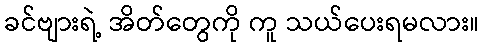
ခင်ဗျားရဲ့ အိတ်တွေကို ကူ သယ်ပေးရမလား။